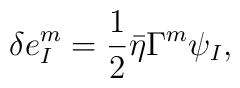
\delta e^m_I=\frac{1}{2}\bar \eta \Gamma^m \psi_I,